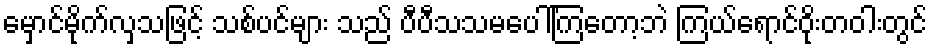
မှောင်မိုက်လှသဖြင့် သစ်ပင်များ သည် ပီပီသသမပေါ်ကြတော့ဘဲ ကြယ်ရောင်ဝိုးတဝါးတွင်